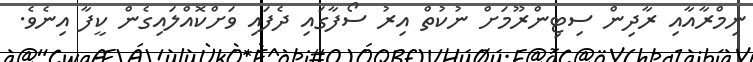
ނިމްރާއާއި ރާދިން ސިޓިންރޫމަށް ނުކުތް އިރު ސޯފާގައި ދެފައި ވަށްކޮއްލައިގެން ކީފާ އިނެވެ.